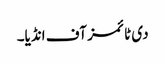
دی ٹائمز آف انڈیا۔